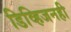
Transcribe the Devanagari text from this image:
डिव्हिजनही